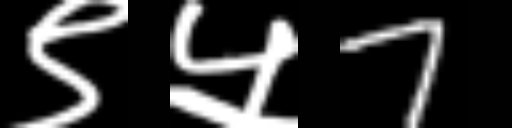
Text: ९५7